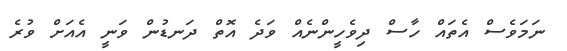
ނަމަވެސް އެތައް ހާސް ދިވެހީންނެއް ވަދެ އޮތް ދަނޑުން ވަނީ އެއަށް ވުރެ